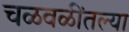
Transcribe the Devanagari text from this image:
चळवळींतल्या